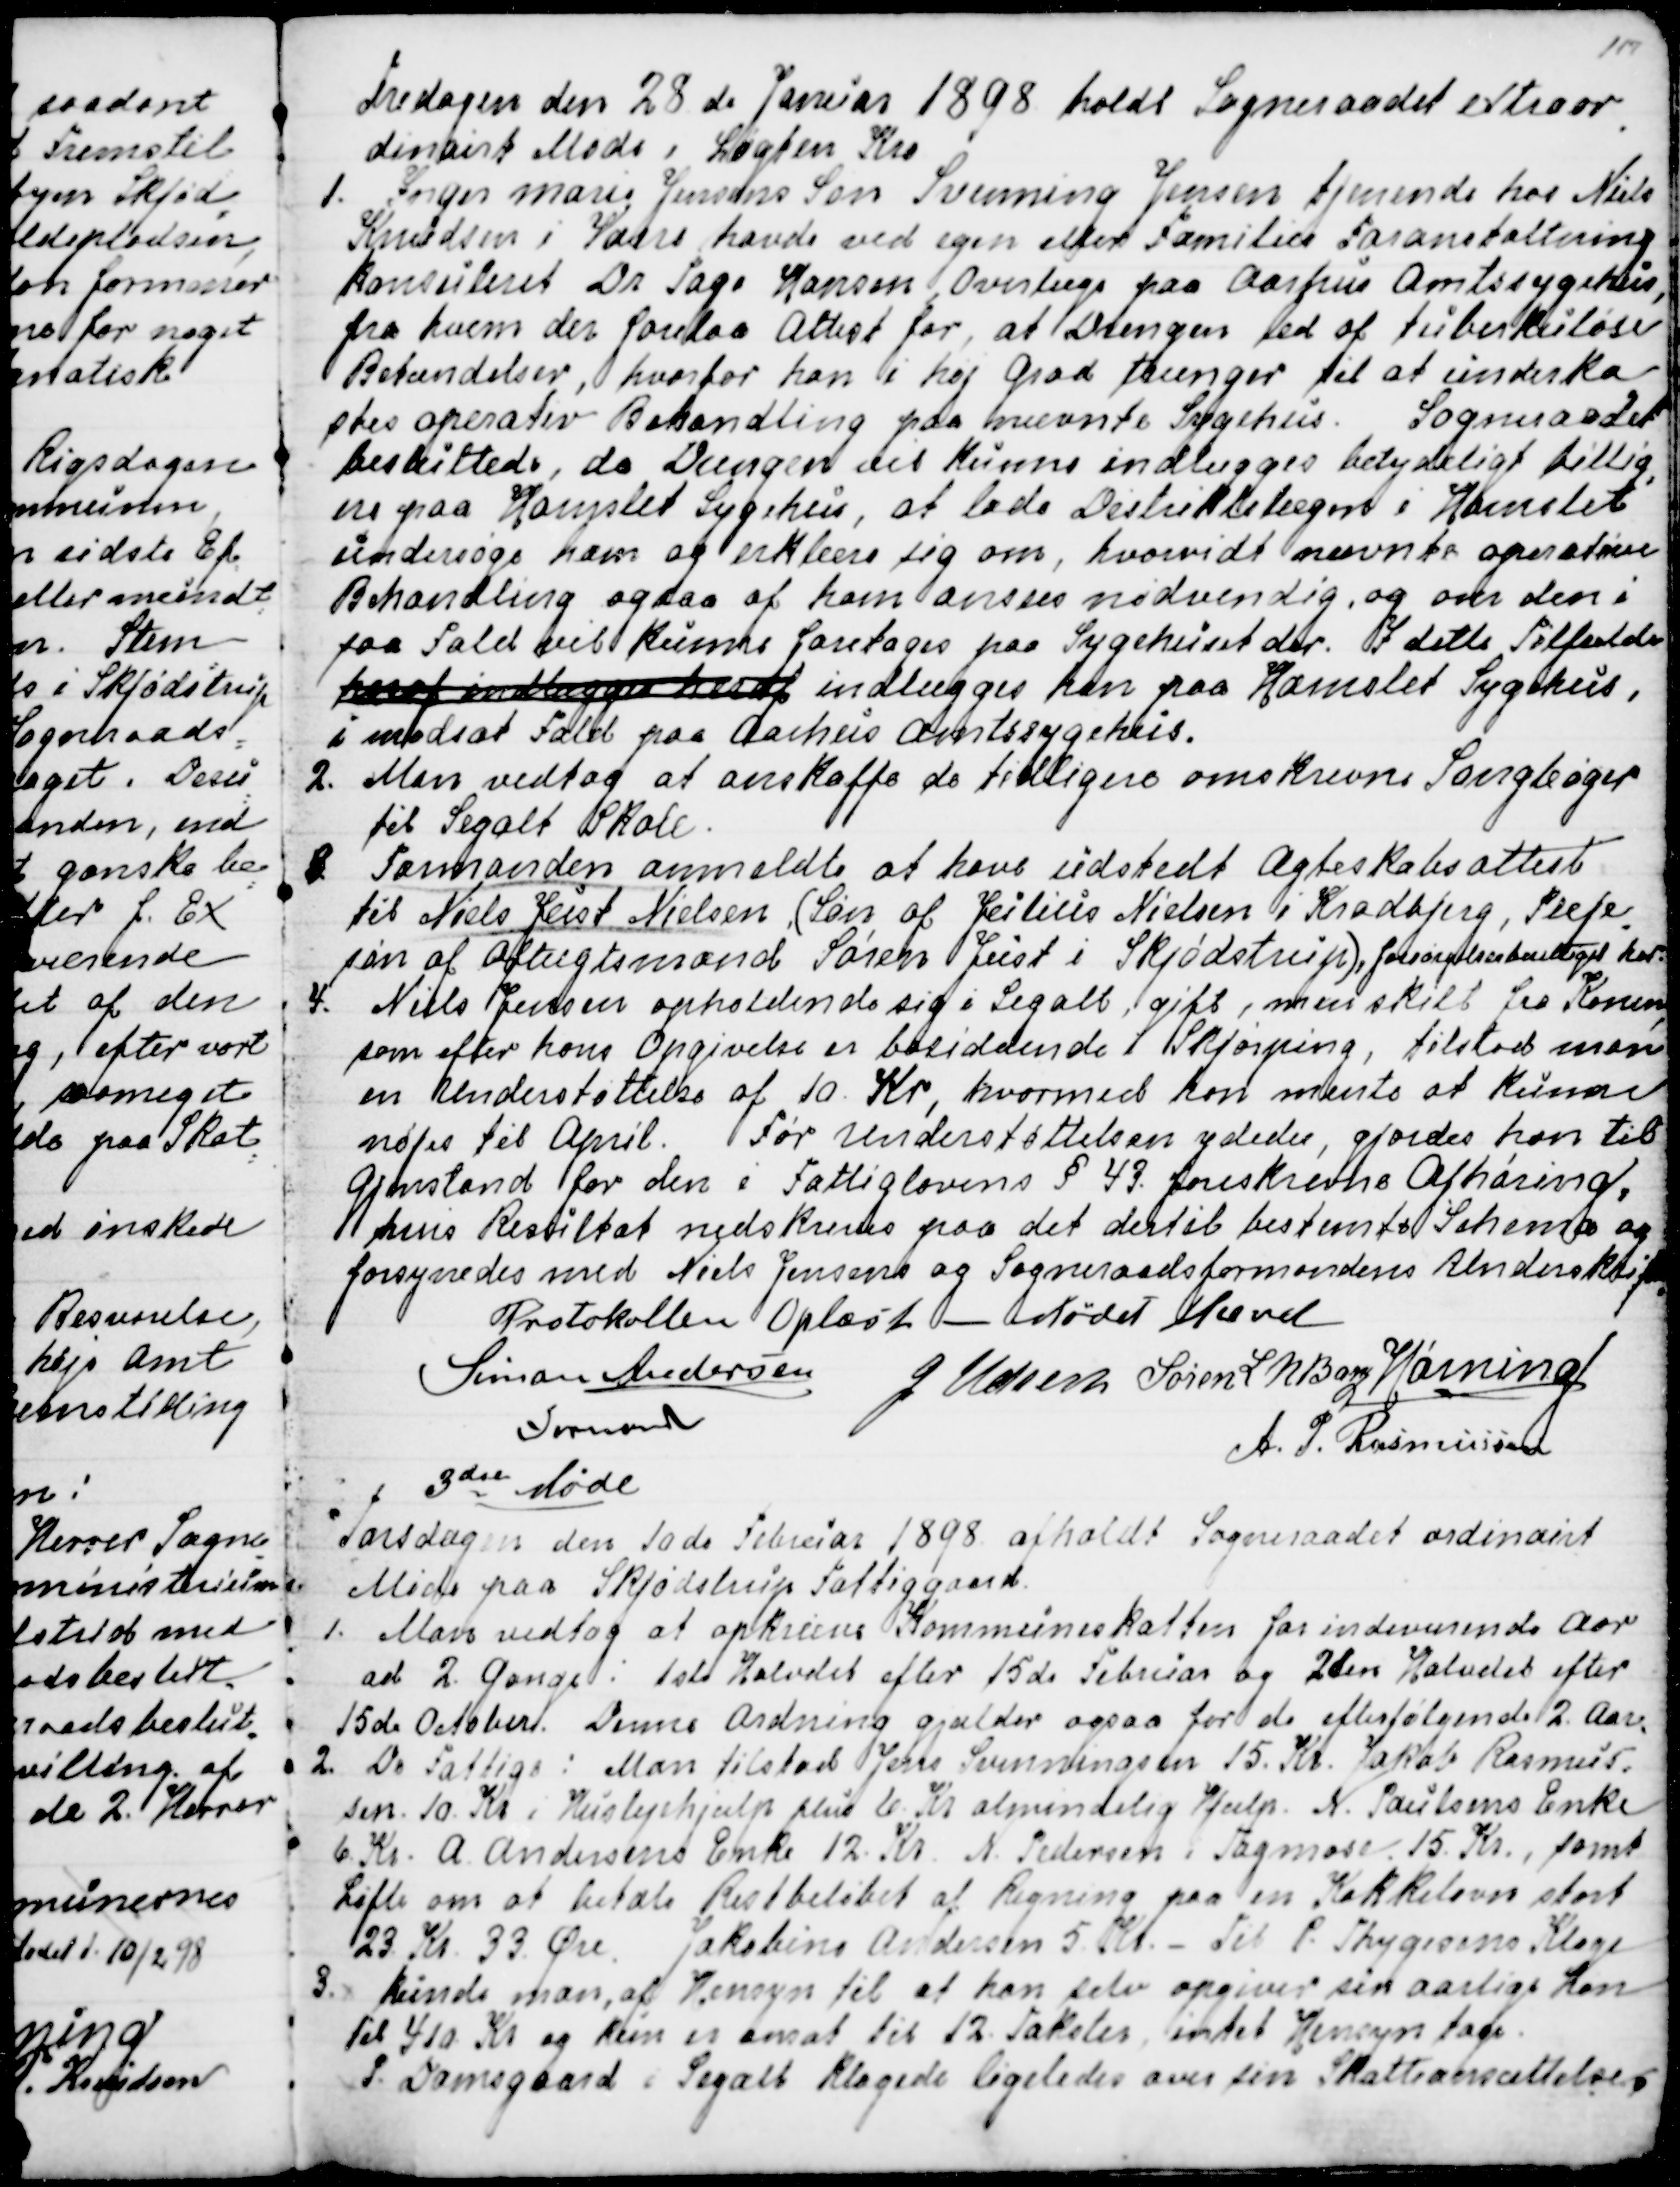
Transskription:
Fredagen den 28de Januar 1898 holdt Sogneraadet extraor
=
dinairt Møde i Løgten Kro.
1. Inger Marie Jensens Søn Svenning Jensen tjenende hos Niels
Knudsen i Vorre havde ved egen eller Families Foranstaltning
konsulteret Dr Tage Hansen, Overlæge paa Aarhus Amtssygehus,
fra hvem der forelaa Attest for, at Drengen led af tuberkuløse
Betændelser, hvorfor han i høj Grad trænger til at underka
=
stes operativ Behandling paa ovennævnte Sygehus. Sogneraadet
besluttede, da Drengen vil kunne indlægges betydeligt billig
=
ere paa Hornslet Sygehus, at lade Distriktslægen i Hornslet
undersøge ham og erklære sig om, hvorvidt nævnte operative
Behandling ogsaa af ham ansaas nødvendig, og om den i
saa Fald vil kunne foretages paa Sygehuset der. I dette Tilfælde
hvoraf indlægges heraf indlægges han paa Hornslet Sygehus,
i modsat Fald paa Aarhus Amtssygehus.
2. Man vedtog af anskaffe de tidligere omskrevne Sangbøger
til Segalt Skole.
3. Formanden anmeldte at have udstedt Ægteskabsattest
til Niels Just Nielsen, (Søn af Julius Nielsen i Kradbjerg, Pleje
=
søn af Aftægtsmand Søren Just i Skjødstrup), forsørgelsesberettiget her.
4. Niels Jensen opholdende sig i Segalt, gift, men skilt fra Konen,
som efter hans Opgivelse er bosiddende i Skjørping, tilstod man
en Understøttelse af 10. Kr, hvormed han mente at kunne
nøjes til April. Før Understøttelsen ydedes, gjordes han til
Gjenstand for den i Fattiglovens § 43 foreskrevne Afhøring,
hvis Resultat nedskreves paa det dertil bestemte Schema og
forsynedes med Niels Jensens og Sogneraadsformandens Underskrift.
 Protokollen Oplæst. - Mødet Hævet
Simon Andersen
Formand
J Udsen
Søren L N Bang
Hørning
A. P. Rasmussen

3 die Møde
Torsdag den 10de Februar 1898 afholdt Sogneraadet ordinairt
Møde paa Skjødstrup Fattiggaard.
1. Man vedtog at opkræve Kommuneskatten for indeværende Aar
ad 2. Gange: 1ste Halvdel efter 15de Februar og 2den Halvdel efter
15de October. Denne Ordning gjælder ogsaa for de efterfølgende 2. Aar.
2. De Fattige: Man tilstod Jens Svenningsen 15. Kr. Jakob Rasmus=
sen 10. Kr i Huslejehjælp plus 6. Kr almindelig Hjælp. N. Poulsens Enke
6. Kr. A. Andersens Enke 12. Kr. N. Pedersen i Tagmose 15. Kr., samt
Løfte om at betale Restbeløbet af Regning paa en Kakkelovn stort
23 Kr 33 Øre. Jakobine Andersen 5. Kr. - Til P. Thygesens Klage
3. kunde man, af Hensyn til at han selv opgiver sin aarlige Løn
til 410 Kr og kun er ansat til 12. Takster, intet Hensyn tage.
P. Damsgaard i Segalt klagede ligeledes over sin Skatteansættelse,